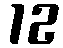
12